65_HS1-834228961_62-HQ-83894_Section_7
Agency: FBI
Page 45
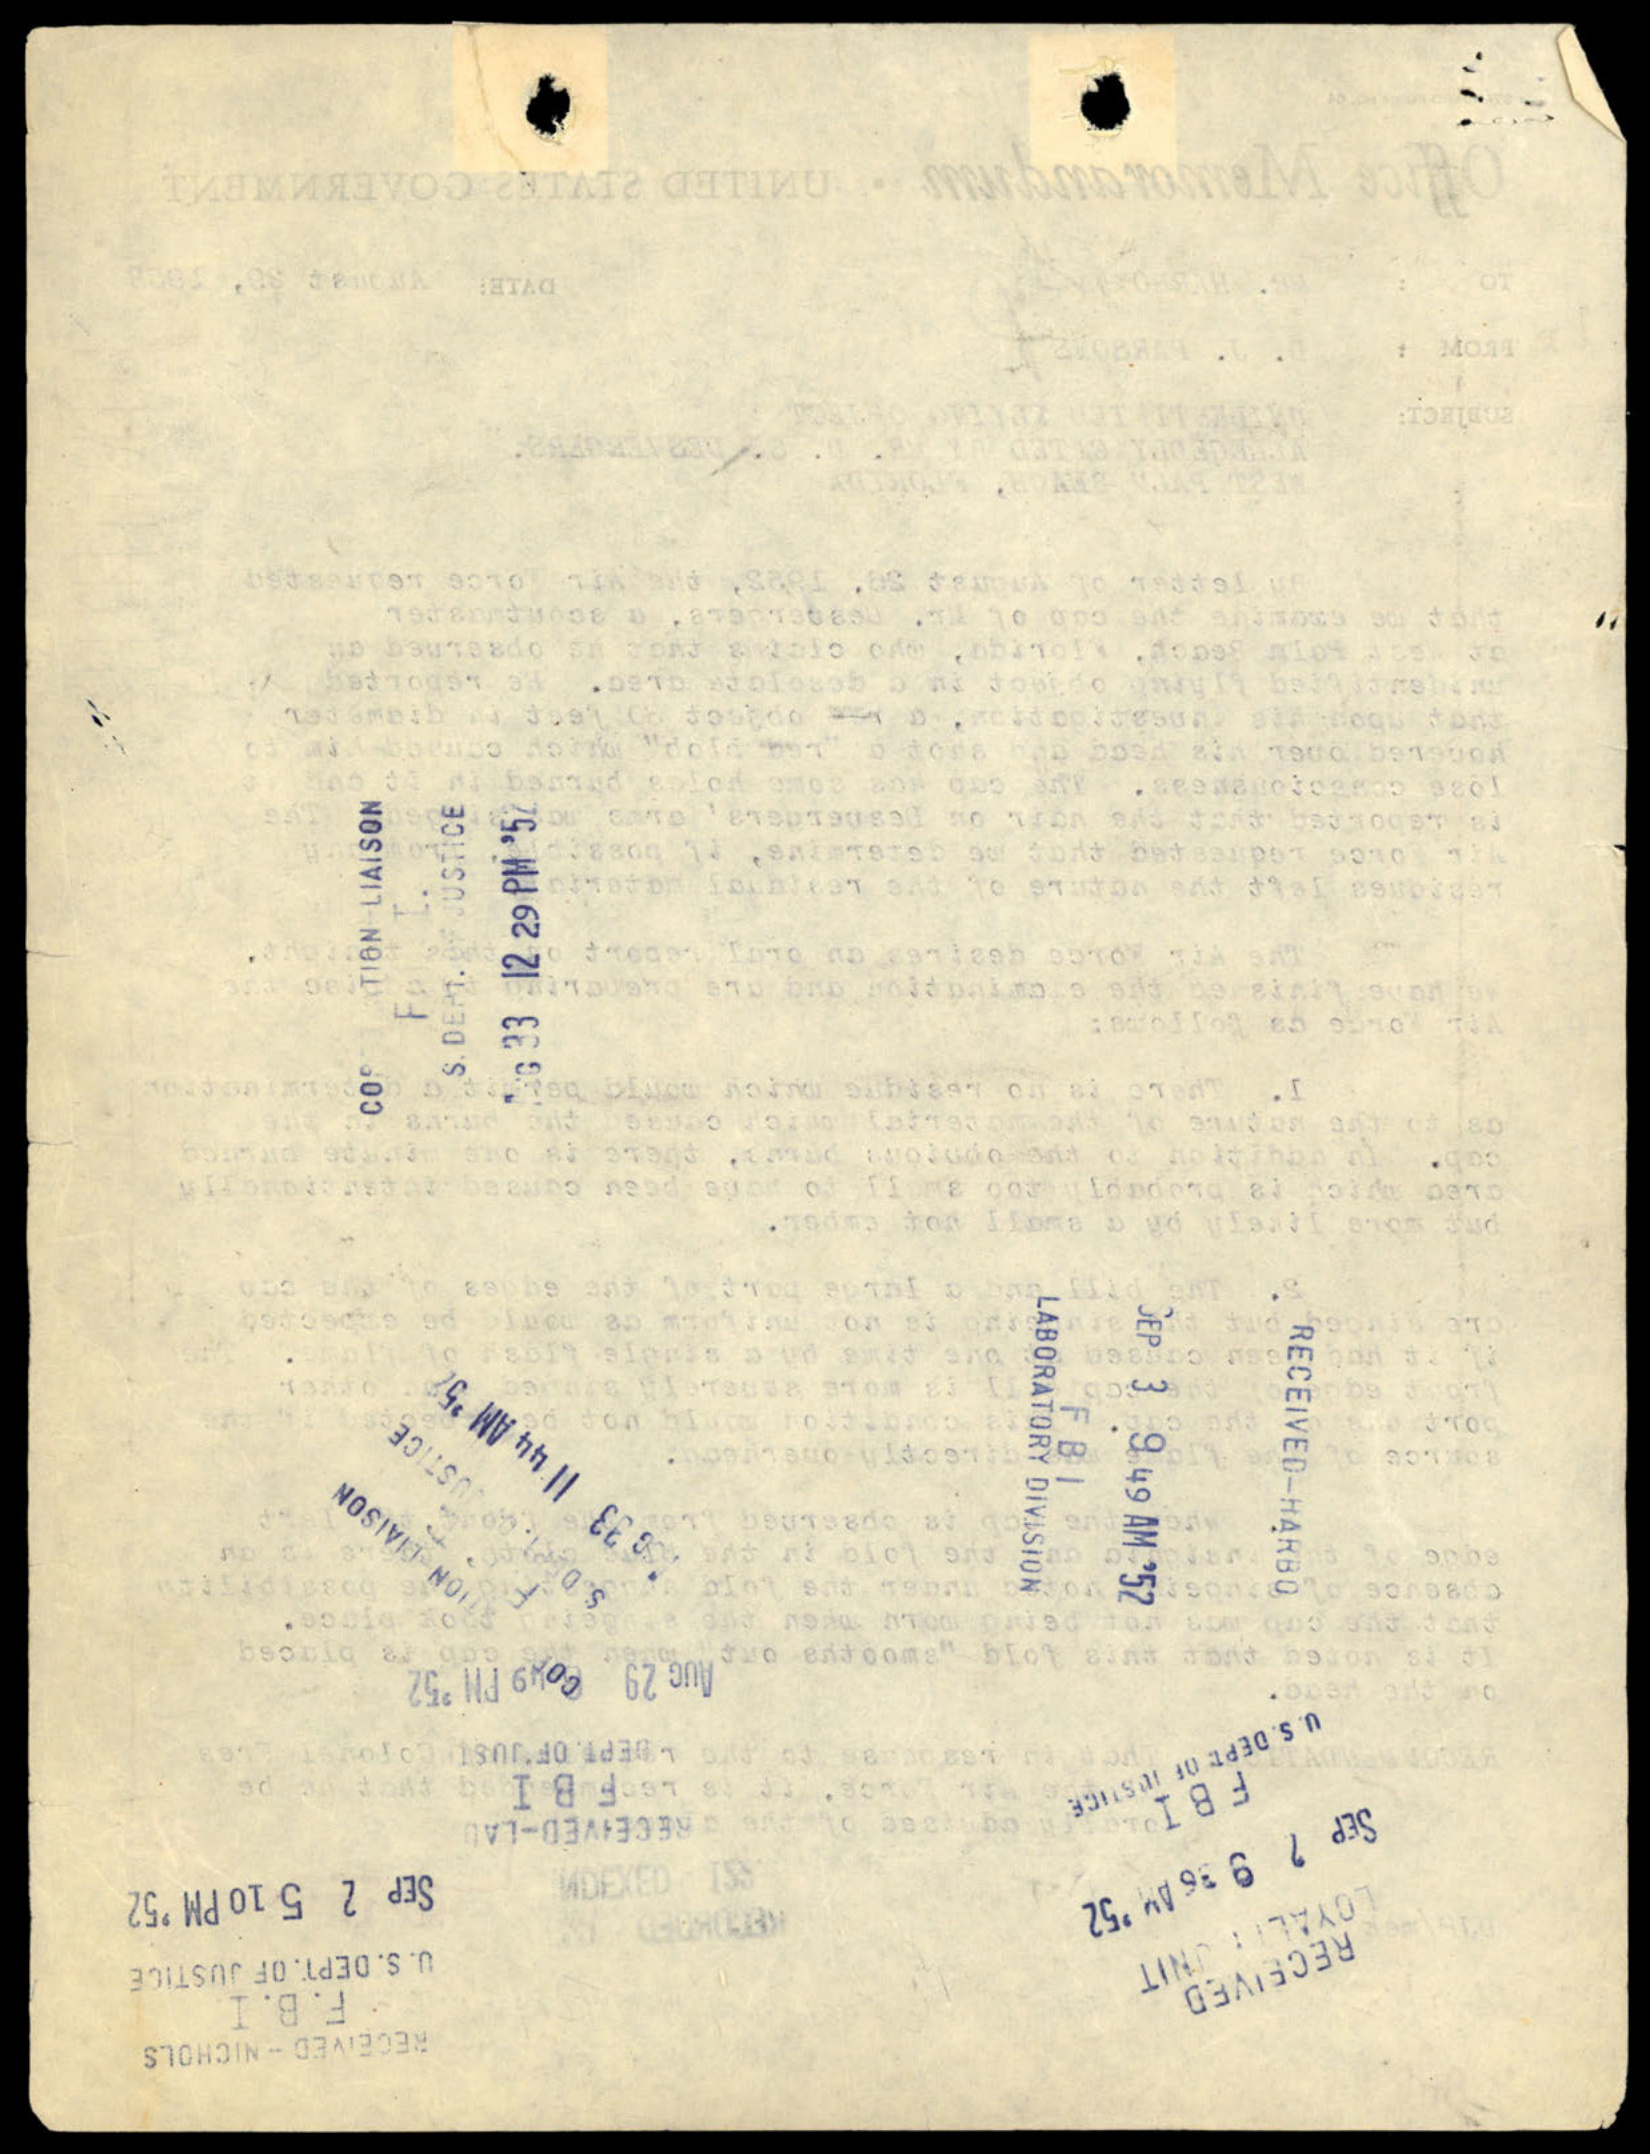